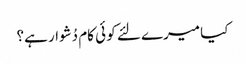
کیا میرے لئے کو ئی کام دُشوار ہے؟